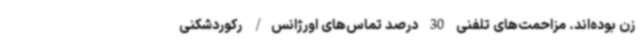
زن بوده‌اند. مزاحمت‌های تلفنی 30 درصد تماس‌های اورژانس/ رکوردشکنی